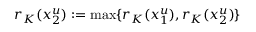
r _ { K } ( x _ { 2 } ^ { u } ) : = \operatorname* { m a x } \{ r _ { K } ( x _ { 1 } ^ { u } ) , r _ { K } ( x _ { 2 } ^ { u } ) \}